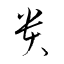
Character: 貴